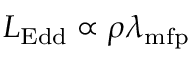
L _ { \mathrm { E d d } } \propto \rho \lambda _ { \mathrm { m f p } }